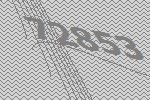
72853